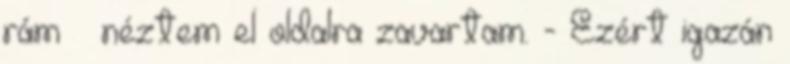
rám – néztem el oldalra zavartam. - Ezért igazán